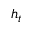
h _ { t }